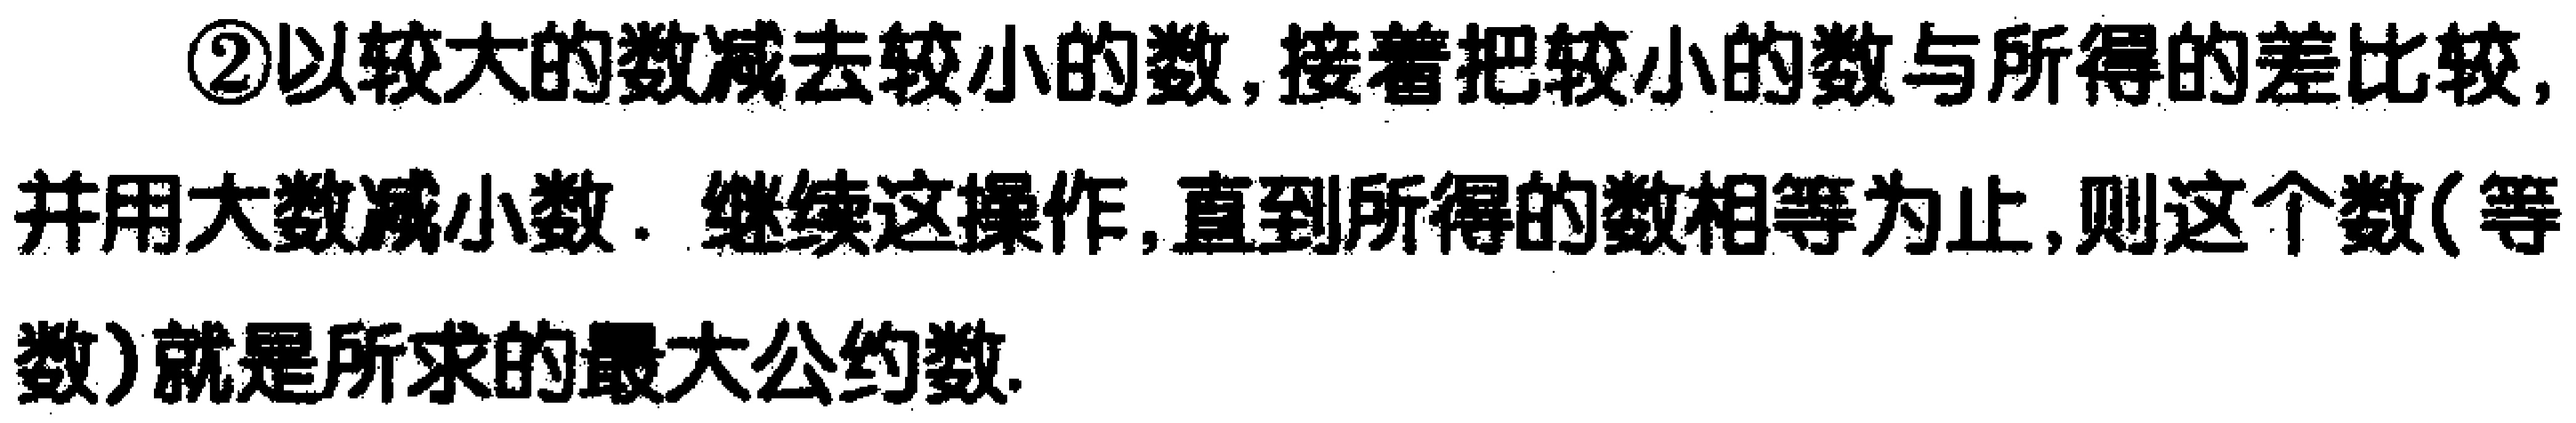
\textcircled{2}以较大的数减去较小的数, 接着把较小的数与所得的差比较, 并用大数减小数. 继续这操作, 直到所得的数相等为止, 则这个数(等数)就是所求的最大公约数.